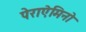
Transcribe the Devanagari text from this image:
पेराऐमिनो